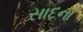
સાદના